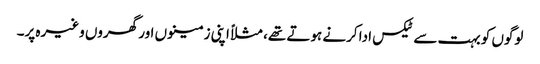
‏ لوگوں کو بہت سے ٹیکس ادا کرنے ہوتے تھے،‏ مثلاً اپنی زمینوں اور گھروں وغیرہ پر۔